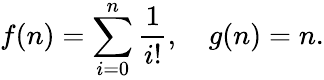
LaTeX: f(n)=\sum_{i=0}^{n}{\frac{1}{i!}},\quad g(n)=n.